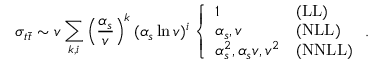
\sigma _ { t \bar { t } } \sim { v } \sum _ { k , i } \left( \frac { \alpha _ { s } } { v } \right) ^ { k } ( \alpha _ { s } \ln { v } ) ^ { i } \left\{ \begin{array} { l l } { { 1 } } & { { \mathrm { ( L L ) } } } \\ { { \alpha _ { s } , v } } & { { \mathrm { ( N L L ) } } } \\ { { \alpha _ { s } ^ { 2 } , \alpha _ { s } { v } , v ^ { 2 } } } & { { \mathrm { ( N N L L ) } } } \end{array} \right. .